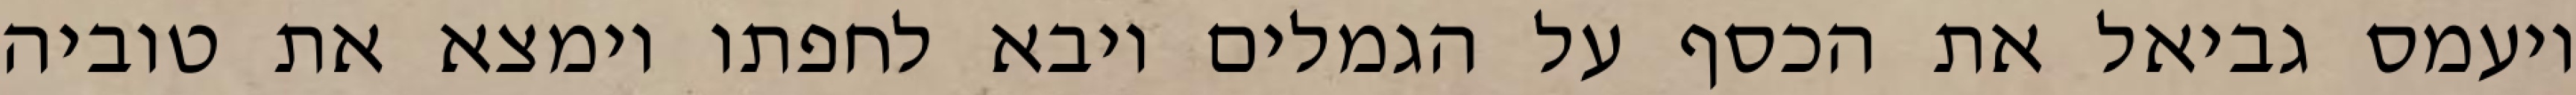
ויעמס גביאל את הכסף על הגמלים ויבא לחפתו וימצא את טוביה